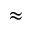
\approx